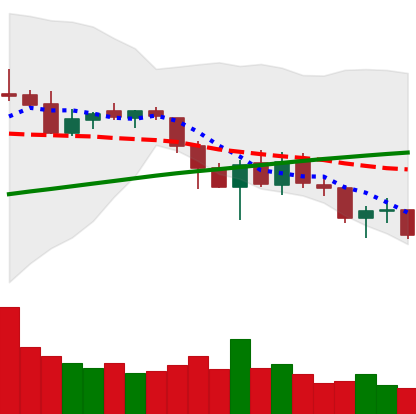
Ticker: LTC-USD
Chart end date: 2018-03-17
Forward return: 6.997%
Label: up_5_7